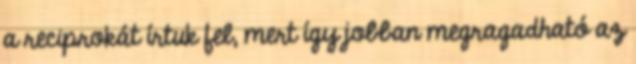
a reciprokát írtuk fel, mert így jobban megragadható az